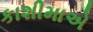
કાશીમાએ